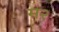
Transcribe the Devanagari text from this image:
म२